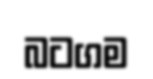
බටගම